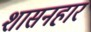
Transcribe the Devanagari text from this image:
शासनहार